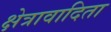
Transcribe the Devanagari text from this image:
क्षेत्रावादिता